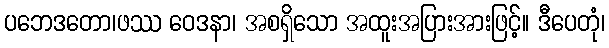
ပဘေဒတော၊ဖဿ ဝေဒနာ၊ အစရှိသော အထူးအပြားအားဖြင့်။ ဒီပေတုံ၊